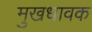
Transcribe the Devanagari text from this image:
मुखधावक